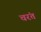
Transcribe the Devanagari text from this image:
चरंतं